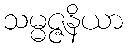
သမ္မဇ္ဇနိယာ